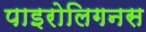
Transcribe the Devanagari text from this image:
पाइरोलिगनस